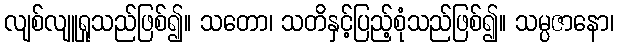
လျစ်လျူရှုသည်ဖြစ်၍။ သတော၊ သတိနှင့်ပြည့်စုံသည်ဖြစ်၍။ သမ္ပဇာနော၊